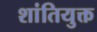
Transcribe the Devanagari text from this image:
शांतियुक्त